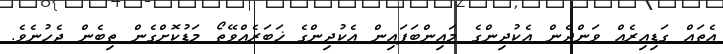
އެތައް ގަޑިއިރެއް ވަންދެން އެކުދިންގެ މައިންބަފައިން އެކުދިންގެ ޚަބަރެއްވޭތޯ މަޑުކޮށްގެން ތިބެން ޖެހުނެވެ.